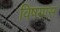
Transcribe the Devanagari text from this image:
विषयास